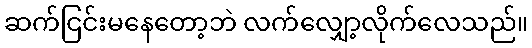
ဆက်ငြင်းမနေတော့ဘဲ လက်လျှော့လိုက်လေသည်။